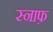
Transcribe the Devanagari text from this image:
स्नाफ़